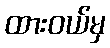
ထားဝယ်မှ